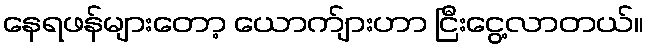
နေရဖန်များတော့ ယောက်ျားဟာ ငြီးငွေ့လာတယ်။